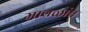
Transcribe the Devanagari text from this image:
मावळांत